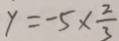
y = - 5 \times \frac { 2 } { 3 }